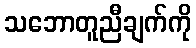
သဘောတူညီချက်ကို